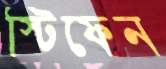
স্টিফেন